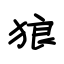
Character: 狼